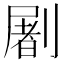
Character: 𰅂